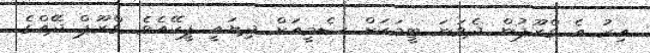
އިރު އެ ގްރޫޕުން ދެވަނަ ޓީމަކަށް ސެމީއަށް ދިޔައީ ޕީކޭއެވެ. ގްރޫޕް ދޭއްގެ